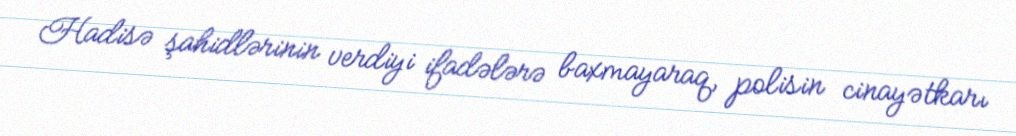
Hadisə şahidlərinin verdiyi ifadələrə baxmayaraq, polisin cinayətkarı